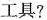
工具？